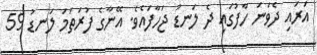
އަރައި ދެވަނަ ހާފުގައި ދެ ލަނޑު ޖަހާފައެވެ. އޭނާގެ ފުރަތަމަ ލަނޑު 59